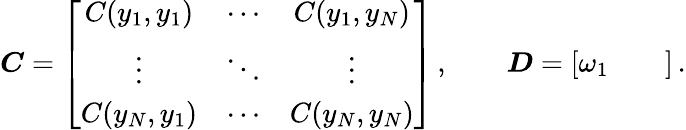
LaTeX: \boldsymbol C=\left[\begin{array}{ccc}{C(y_{1},y_{1})}&{\cdots}&{C(y_{1},y_{N})}\\ {\vdots}&{\ddots}&{\vdots}\\ {C(y_{N},y_{1})}&{\cdots}&{C(y_{N},y_{N})}\end{array}\right]\, ,\qquad\boldsymbol D=\left[\begin{array}{ccc}{\omega_{1}}&{}&{}\end{array}\right]\, .